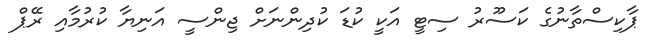
ޕާކިސްތާނުގެ ކަސޫރު ސިޓީ އަކީ ކުޑަ ކުދިންނަށް ޖިންސީ އަނިޔާ ކުރުމާއި ރޭޕް